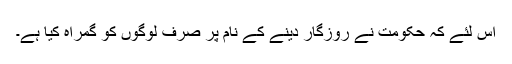
اس لئے کہ حکومت نے روزگار دینے کے نام پر صرف لوگوں کو گمراہ کیا ہے۔